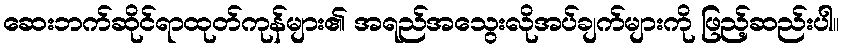
ဆေးဘက်ဆိုင်ရာထုတ်ကုန်များ၏ အရည်အသွေးလိုအပ်ချက်များကို ဖြည့်ဆည်းပါ။